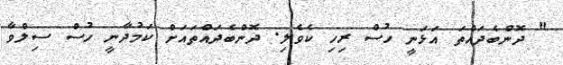
" ދޮންބެދައްތަ އަޅަނީ ހުސް ރިހި ކެވެލި. ދޮންބެދައްތައަށް ކަމުދާނީ ހުސް ސިލްވާ